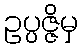
ဥပ္ပဇ္ဇိမှ